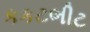
કકટભીટ